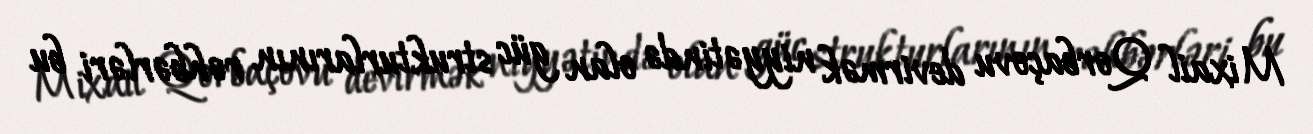
Mixail Qorbaçovu devirmək niyyətində olan güc strukturlarının rəhbərləri bu